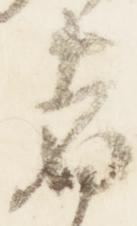
者